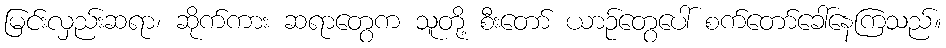
မြင်းလှည်းဆရာ၊ ဆိုက်ကား ဆရာတွေက သူတို့ စီးတော် ယာဉ်တွေပေါ် စက်တော်ခေါ်နေကြသည်။